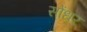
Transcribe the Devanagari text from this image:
सोंधर